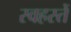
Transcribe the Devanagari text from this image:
स्वहस्तें